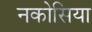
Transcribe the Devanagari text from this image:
नकोसिया